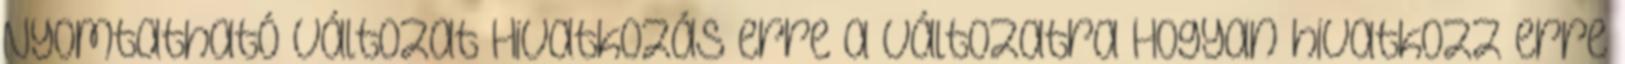
Nyomtatható változat Hivatkozás erre a változatra Hogyan hivatkozz erre